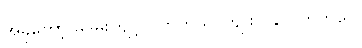
အခုတော့ မုဒိမ်းကျင့်လိုက်တယ်၊ ကျူးလွန်လိုက်တယ်။